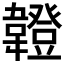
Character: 𩏠